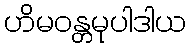
ဟိမဝန္တမုပါဒါယ